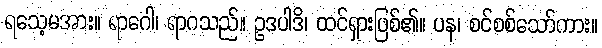
ရသေ့မအား။ ရာဂေါ၊ ရာဂသည်။ ဥဒပါဒိ၊ ထင်ရှားဖြစ်၏။ ပန၊ စင်စစ်သော်ကား။